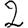
Digit: 2